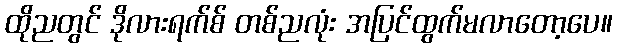
ထိုညတွင် ဒိုလားရက်စ် တစ်ညလုံး အပြင်ထွက်မလာတော့ပေ။